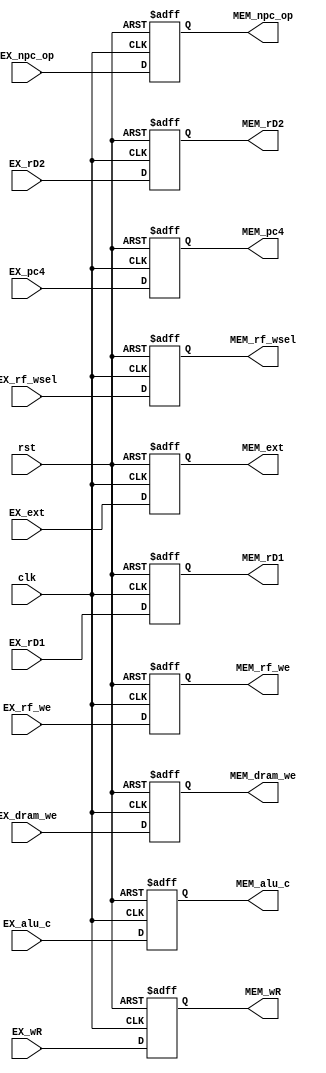
module EX_MEM(
    input wire        clk,
    input wire        rst,

    input wire [1:0]  EX_npc_op,
    input wire [1:0]  EX_rf_wsel,
    input wire        EX_rf_we,
    input wire        EX_dram_we,
    input wire [31:0] EX_rD1,
    input wire [31:0] EX_rD2,
    input wire [31:0] EX_ext,
    input wire [31:0] EX_pc4,
    input wire [31:0] EX_alu_c,
    input wire [31:0] EX_wR,

    output reg [1:0]  MEM_npc_op,
    output reg [1:0]  MEM_rf_wsel,
    output reg        MEM_rf_we,
    output reg        MEM_dram_we,
    output reg [31:0] MEM_rD1,
    output reg [31:0] MEM_rD2,
    output reg [31:0] MEM_ext,
    output reg [31:0] MEM_pc4,
    output reg [31:0] MEM_alu_c,
    output reg [31:0] MEM_wR
    );

    always @(posedge clk or posedge rst) begin
        if (rst) begin
            MEM_npc_op <= 0;
            MEM_rf_wsel <= 0;
            MEM_rf_we <= 0;
            MEM_dram_we <= 0;
            MEM_rD1 <= 0;
            MEM_rD2 <= 0;
            MEM_ext <= 0;
            MEM_pc4 <= 0;
            MEM_alu_c <= 0;
            MEM_wR <= 0;
        end
        else begin
            MEM_npc_op <=	 EX_npc_op;
            MEM_rf_wsel <=	 EX_rf_wsel;
            MEM_rf_we <=	 EX_rf_we;
            MEM_dram_we <=	 EX_dram_we;
            MEM_rD1 <=		 EX_rD1;
            MEM_rD2 <=		 EX_rD2;
            MEM_ext <=		 EX_ext;
            MEM_pc4 <=		 EX_pc4;
            MEM_alu_c <= 	 EX_alu_c;
            MEM_wR <= 	   	 EX_wR;
        end
    end

    endmodule